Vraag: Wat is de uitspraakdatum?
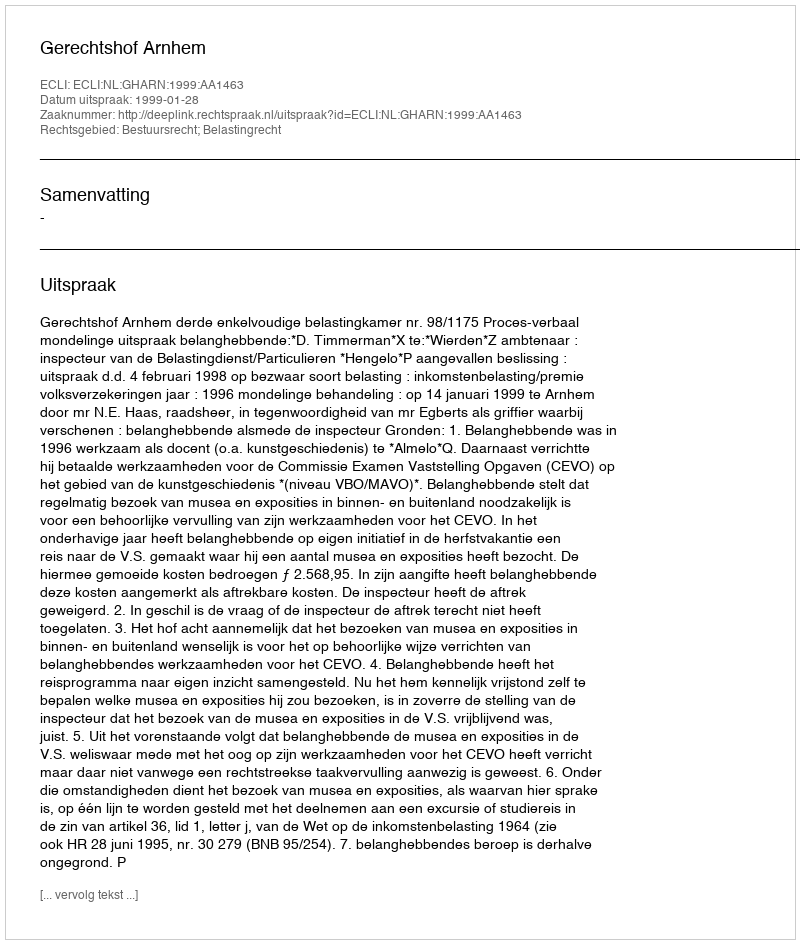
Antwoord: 1999-01-28